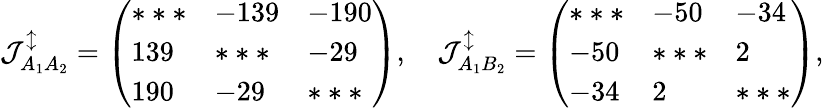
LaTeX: \mathcal{J}_{A_{1}A_{2}}^{\updownarrow}=\left(\begin{array}{lll}{***}&{-139}&{-190}\\ {139}&{***}&{-29}\\ {190}&{-29}&{***}\end{array}\right),\quad\mathcal{J}_{A_{1}B_{2}}^{\updownarrow}=\left(\begin{array}{lll}{***}&{-50}&{-34}\\ {-50}&{***}&{2}\\ {-34}&{2}&{***}\end{array}\right),